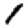
Digit: 1